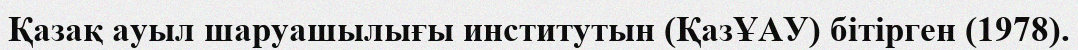
Қазақ ауыл шаруашылығы институтын (ҚазҰАУ) бітірген (1978).